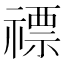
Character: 𥛦